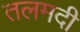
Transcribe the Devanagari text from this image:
तलमदी